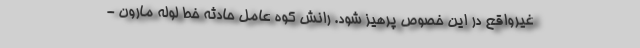
غیرواقع در این خصوص پرهیز شود. رانش کوه عامل حادثه خط لوله مارون -